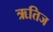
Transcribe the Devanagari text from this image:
ऋतिज